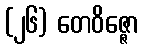
(၂၆) တေဝိဇ္ဇော